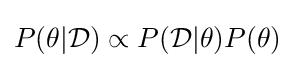
P(\theta |{\mathcal {D}})\propto P({\mathcal {D}}|\theta )P(\theta )